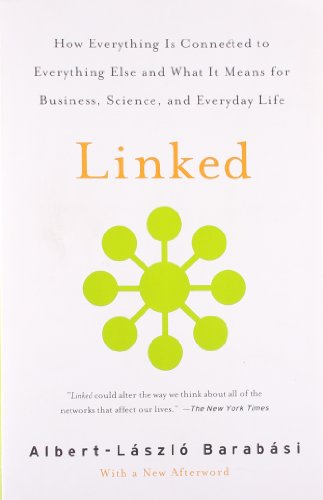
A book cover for Linked: How Everything Is Connected to Everything Else and What It Means for Business, Science, and Everyday Life; Albert-Laszlo Barabasi; Science & Math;